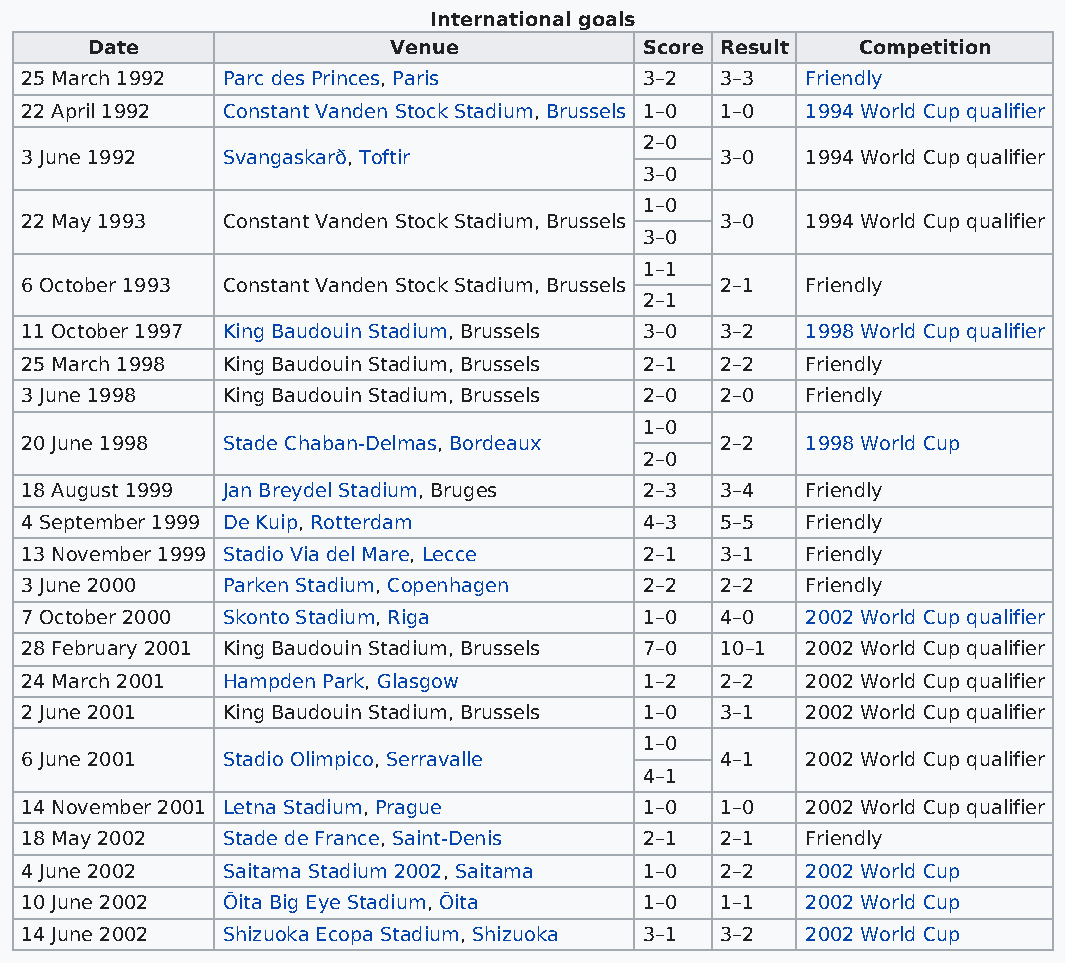
International goals
 Date                Venue            Score Result  Competition
 25 March 1992 Parc des Princes, Paris     3–2  3–3  Friendly
 22 April 1992 Constant Vanden Stock Stadium, Brussels 1–0 1–0 1994 World Cup qualifier
 2–0
 3 June 1992   Svangaskarð, Toftir              3–0  1994 World Cup qualifier
 3–0
 1–0
 22 May 1993   Constant Vanden Stock Stadium, Brussels 3–0 1994 World Cup qualifier
 3–0
 1–1
 6 October 1993 Constant Vanden Stock Stadium, Brussels 2–1 Friendly
 2–1
 11 October 1997 King Baudouin Stadium, Brussels 3–0 3–2 1998 World Cup qualifier
 25 March 1998 King Baudouin Stadium, Brussels 2–1 2–2 Friendly
 3 June 1998   King Baudouin Stadium, Brussels 2–0 2–0 Friendly
 1–0
 20 June 1998  Stade Chaban-Delmas, Bordeaux    2–2  1998 World Cup
 2–0
 18 August 1999 Jan Breydel Stadium, Bruges 2–3 3–4  Friendly
 4 September 1999 De Kuip, Rotterdam       4–3  5–5  Friendly
 13 November 1999 Stadio Via del Mare, Lecce 2–1 3–1 Friendly
 3 June 2000   Parken Stadium, Copenhagen  2–2  2–2  Friendly
 7 October 2000 Skonto Stadium, Riga       1–0  4–0  2002 World Cup qualifier
 28 February 2001 King Baudouin Stadium, Brussels 7–0 10–1 2002 World Cup qualifier
 24 March 2001 Hampden Park, Glasgow       1–2  2–2  2002 World Cup qualifier
 2 June 2001   King Baudouin Stadium, Brussels 1–0 3–1 2002 World Cup qualifier
 1–0
 6 June 2001   Stadio Olimpico, Serravalle      4–1  2002 World Cup qualifier
 4–1
 14 November 2001 Letna Stadium, Prague    1–0  1–0  2002 World Cup qualifier
 18 May 2002   Stade de France, Saint-Denis 2–1 2–1  Friendly
 4 June 2002   Saitama Stadium 2002, Saitama 1–0 2–2 2002 World Cup
 10 June 2002  Ōita Big Eye Stadium, Ōita  1–0  1–1  2002 World Cup
 14 June 2002  Shizuoka Ecopa Stadium, Shizuoka 3–1 3–2 2002 World Cup